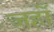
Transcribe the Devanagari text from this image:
जहाँं